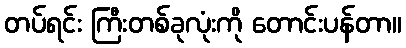
တပ်ရင်း ကြီးတစ်ခုလုံးကို တောင်းပန်တာ။